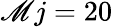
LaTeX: \mathscr{M}j=20